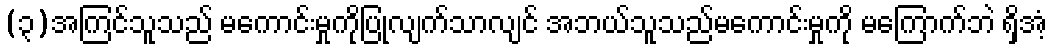
(၃)အကြင်သူသည် မကောင်းမှုကိုပြုလျက်သာလျင် အဘယ်သူသည်မကောင်းမှုကို မကြောက်ဘဲ ရှိအံ့